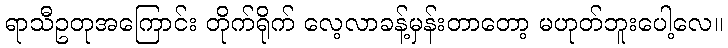
ရာသီဥတုအကြောင်း တိုက်ရိုက် လေ့လာခန့်မှန်းတာတော့ မဟုတ်ဘူးပေါ့လေ။